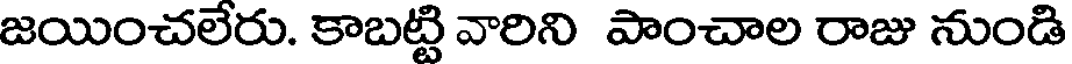
జయించలేరు. కాబట్టి వారిని పాంచాల రాజు నుండి